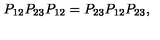
P _ { 1 2 } P _ { 2 3 } P _ { 1 2 } = P _ { 2 3 } P _ { 1 2 } P _ { 2 3 } ,